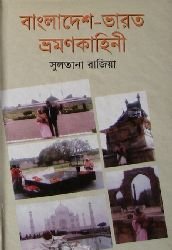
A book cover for Bangladesh Bharot Vromonkahini; Sultana Razia; Travel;